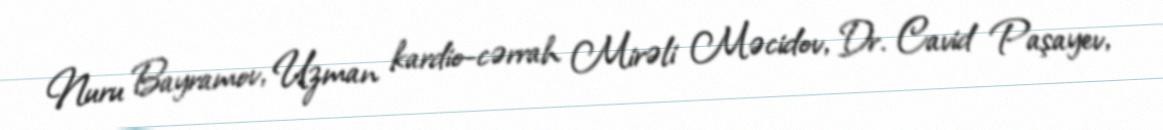
Nuru Bayramov, Uzman kardio-cərrah Mirəli Məcidov, Dr. Cavid Paşayev,